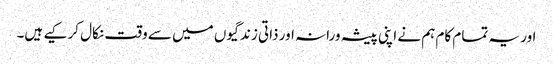
اور یہ تمام کام ہم نے اپنی پیشہ ورانہ اور ذاتی زندگیوں میں سے وقت نکال کر کیے ہیں۔